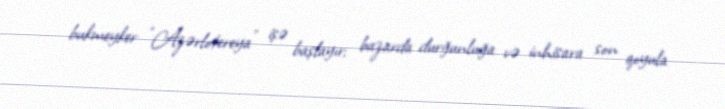
bukmeyker “Azərlotereya” işə başlayır; bazarda durğunluğa və inhisara son qoyula